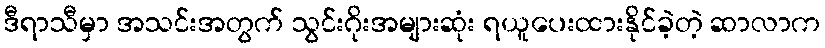
ဒီရာသီမှာ အသင်းအတွက် သွင်းဂိုးအများဆုံး ရယူပေးထားနိုင်ခဲ့တဲ့ ဆာလာက